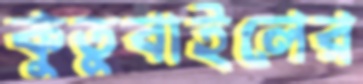
কুতুবাইলের